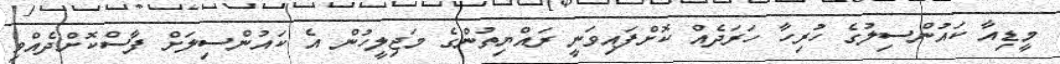
މީޑިއާ ކައުންސިލުގެ ހުރިހާ ހަރަދެއް ކޮށްފައިވަނީ ރައްޔިތުންގެ މަޖިލީހުން އެ ކައުންސިލަށް ފާސްކޮށްދެއްވި